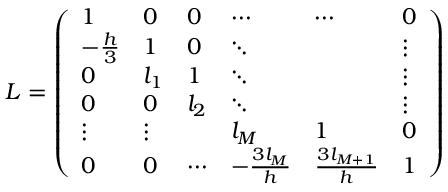
L = \left( \begin{array} { l l l l l l } { 1 } & { 0 } & { 0 } & { \cdots } & { \cdots } & { 0 } \\ { - \frac { h } { 3 } } & { 1 } & { 0 } & { \ddots } & & { \vdots } \\ { 0 } & { l _ { 1 } } & { 1 } & { \ddots } & & { \vdots } \\ { 0 } & { 0 } & { l _ { 2 } } & { \ddots } & & { \vdots } \\ { \vdots } & { \vdots } & & { l _ { M } } & { 1 } & { 0 } \\ { 0 } & { 0 } & { \cdots } & { - \frac { 3 l _ { M } } { h } } & { \frac { 3 l _ { M + 1 } } { h } } & { 1 } \end{array} \right)